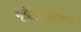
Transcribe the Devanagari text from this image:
भूलीलाविग्रहगोपालं